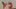
Text: y2